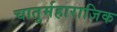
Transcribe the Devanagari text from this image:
चातुर्महाराजिक